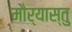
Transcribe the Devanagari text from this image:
मौर्यास्तु